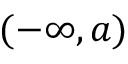
( - \infty , a )